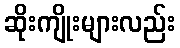
ဆိုးကျိုးများလည်း